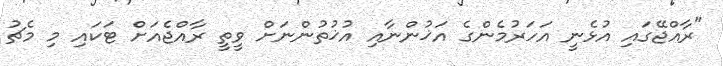
"ރާއްޖޭގައި އުޅެނީ އަހަރުމެންގެ އަޚުންނާއި އުޚުތުންނަށް ވީތީ ރާއްޖެއަށް ޓަކައި މި މެޗު